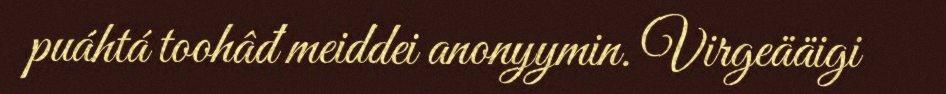
puáhtá toohâđ meiddei anonyymin. Virgeääigi